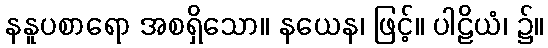
နနူပစာရော အစရှိသော။ နယေန၊ ဖြင့်။ ပါဠိယံ၊ ၌။